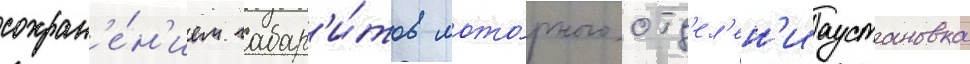
сохран'е́н'ием габар'и́тов мото́рного отд'ел'ен'иаустановка